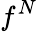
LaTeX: f^{N}